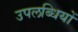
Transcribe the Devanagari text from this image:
उपलब्धियों